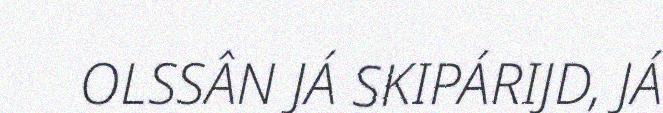
OLSSÂN JÁ SKIPÁRIJD, JÁ